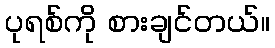
ပုရစ်ကို စားချင်တယ်။